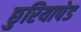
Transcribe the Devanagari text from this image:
छुरियापेड